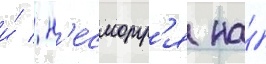
и́ / н'есмотр'я на́